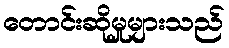
တောင်းဆိုမှုများသည်